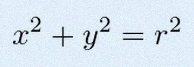
x^2+y^2=r^2